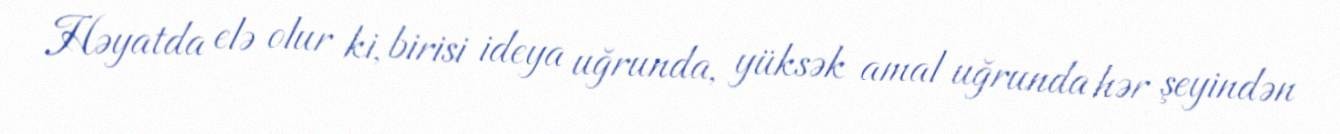
Həyatda elə olur ki, birisi ideya uğrunda, yüksək amal uğrunda hər şeyindən